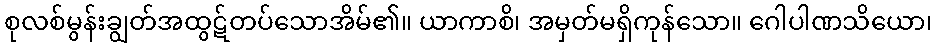
စုလစ်မွန်းချွတ်အထွဋ်တပ်သောအိမ်၏။ ယာကာစိ၊ အမှတ်မရှိကုန်သော။ ဂေါပါဏသိယော၊